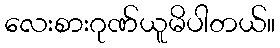
လေးစားဂုဏ်ယူမိပါတယ်။